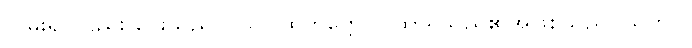
လှမ်း၍ လည်း ပေးသည်)။ သဂါထကတ္တေ၊ ဂါထာရှိသည်၏အဖြစ်သည်။ သတိပိ၊